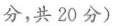
分,共 20 分)